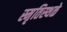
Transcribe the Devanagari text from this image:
स्मृतिस्थळे